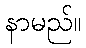
နာမည်။